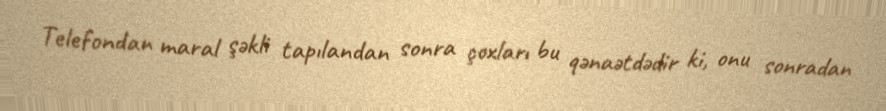
Telefondan maral şəkli tapılandan sonra çoxları bu qənaətdədir ki, onu sonradan